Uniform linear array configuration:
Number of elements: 64
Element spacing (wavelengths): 0.5
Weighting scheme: kaiser
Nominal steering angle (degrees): -60
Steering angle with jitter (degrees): -60.818
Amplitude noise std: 0.05
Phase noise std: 0.05

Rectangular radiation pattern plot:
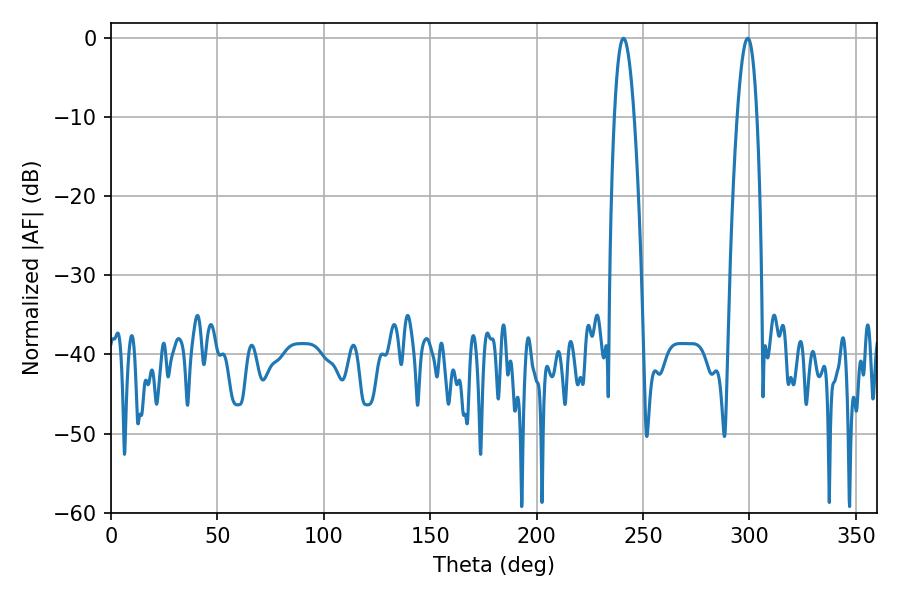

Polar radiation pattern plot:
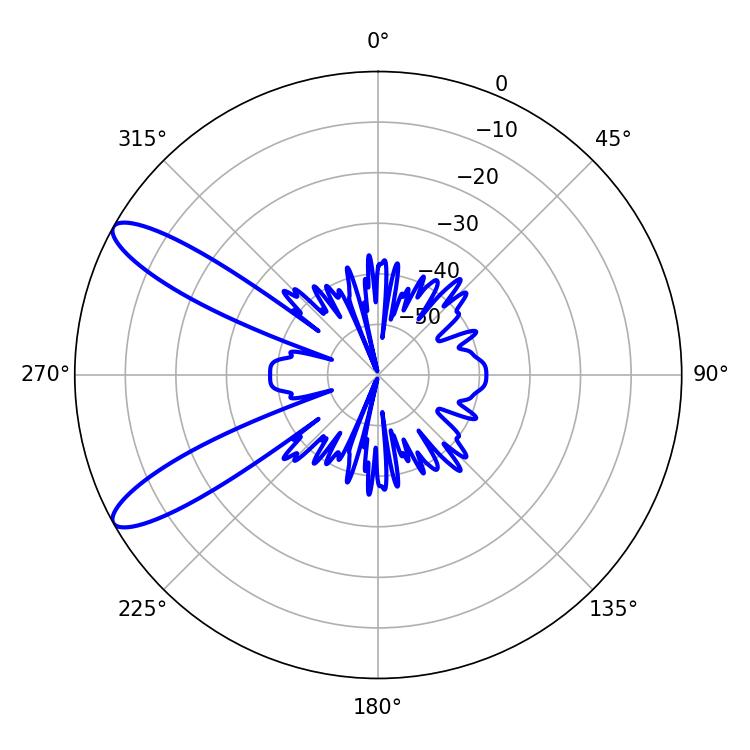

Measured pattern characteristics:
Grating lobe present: FALSE
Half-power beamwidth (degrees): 5.22
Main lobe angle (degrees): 299.16